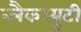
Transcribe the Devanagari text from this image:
ब्लैकब्यूटी